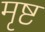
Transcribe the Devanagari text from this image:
मृष्ट